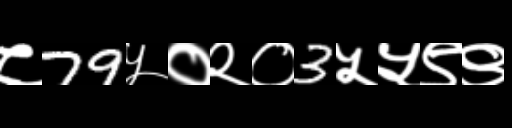
Text: ८79५०२०3५५९९